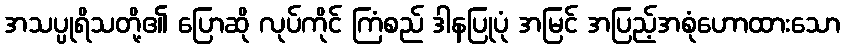
အသပ္ပုရိသတို့၏ ပြောဆို လုပ်ကိုင် ကြံစည် ဒါနပြုပုံ အမြင် အပြည့်အစုံဟောထားသော